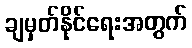
ချမှတ်နိုင်ရေးအတွက်